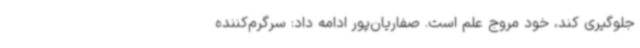
جلوگیری کند، خود مروج علم است. صفاریان‌پور ادامه داد: سرگرم‌کننده